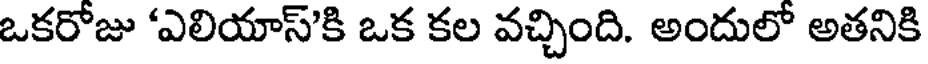
ఒకరోజు "ఎలియాస్కి ఒక కల వచ్చింది. అందులో అతనికి